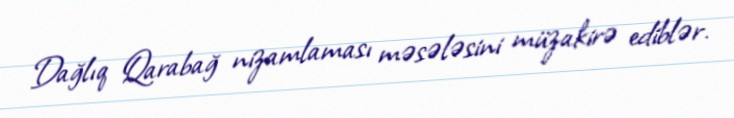
Dağlıq Qarabağ nizamlaması məsələsini müzakirə ediblər.